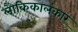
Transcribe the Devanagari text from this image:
लौकिकालंकार